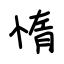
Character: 惰